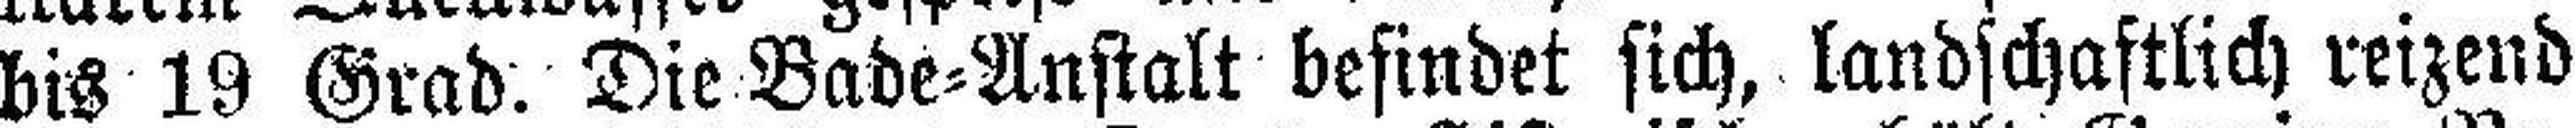
bis 19 Grad. Die Bade=Anstalt befindet sich, landschaftlich reizend